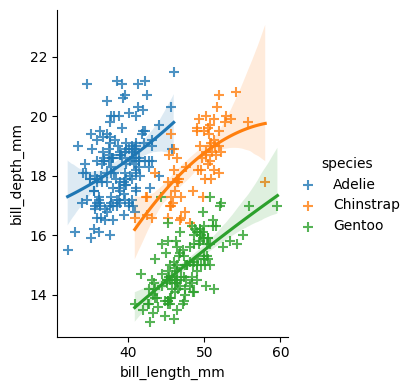
python, seaborn, lmplot, aspect=0.8, order=2, markers='+'